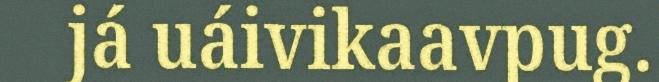
já uáivikaavpug.